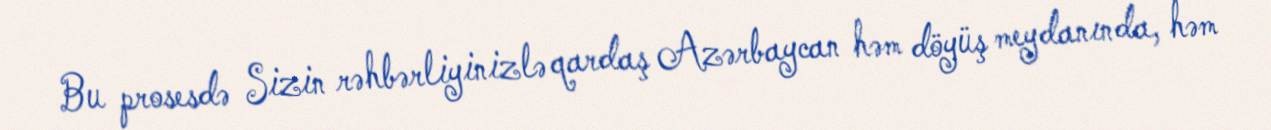
Bu prosesdə Sizin rəhbərliyinizlə qardaş Azərbaycan həm döyüş meydanında, həm